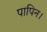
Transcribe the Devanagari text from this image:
पापिन।